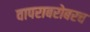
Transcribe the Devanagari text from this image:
वापराबरोबरच